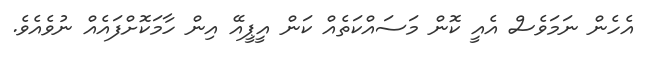
އެހެން ނަމަވެސް އެއީ ކޮން މަސައްކަތެެއް ކަން އީޕީއޭ އިން ހާމަކޮށްފައެއް ނުވެއެވެ.